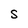
Character: S